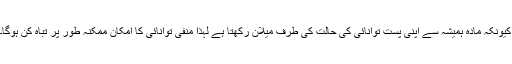
کیونکہ مادّہ ہمیشہ سے اپنی پست توانائی کی حالت کی طرف میلان رکھتا ہے لہٰذا منفی توانائی کا امکان ممکنہ طور پر تباہ کن ہوگا۔